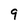
Character: 9